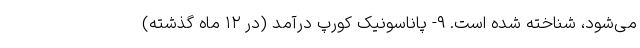
می‌شود، شناخته شده است. ۹- پاناسونیک کورپ درآمد (در ۱۲ ماه گذشته)